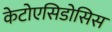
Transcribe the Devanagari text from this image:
केटोएसिडोसिस